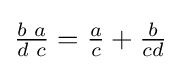
{\tfrac {b\,\,a}{d\,\,c}}={\tfrac {a}{c}}+{\tfrac {b}{cd}}